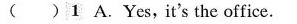
( ) 1 A. Yes,it's the office.